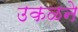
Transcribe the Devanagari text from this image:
उकळने